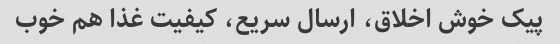
پیک خوش اخلاق، ارسال سریع، کیفیت غذا هم خوب